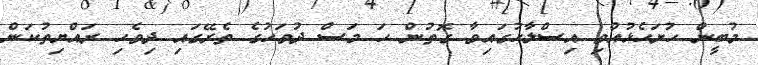
މުބީން ހުށަހެޅުއްވި އިސްލާހުގައިވާ ގޮތުން ހަ މަސް ދުވަހުގެ ތެރޭގައި ދިވެހި ރައްޔިތުކަން